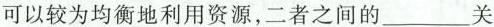
可以较为均衡地利用资源，二者之间的___关